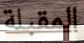
المقبلة